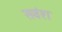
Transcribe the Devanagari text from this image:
सवंश